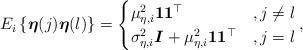
LaTeX: \begin{align*}E_i\left\{\boldsymbol{\eta}(j)\boldsymbol{\eta}(l)\right\} = \begin{cases}\mu_{\eta,i}^2\boldsymbol{1}\boldsymbol{1}^\top &, j\neq l\\\sigma^2_{\eta,i}\boldsymbol{I} + \mu_{\eta,i}^2\boldsymbol{1}\boldsymbol{1}^\top &, j=l\end{cases},\end{align*}